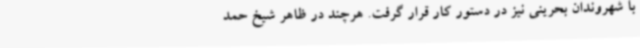
با شهروندان بحرینی نیز در دستور کار قرار گرفت. هرچند در ظاهر شیخ حمد